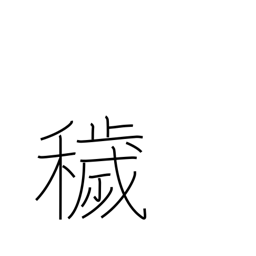
Meaning: dirty